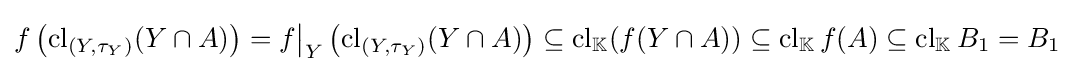
f\left(\operatorname {cl} _{\left(Y,\tau _{Y}\right)}(Y\cap A)\right)=f{\big \vert }_{Y}\left(\operatorname {cl} _{\left(Y,\tau _{Y}\right)}(Y\cap A)\right)\subseteq \operatorname {cl} _{\mathbb {K} }(f(Y\cap A))\subseteq \operatorname {cl} _{\mathbb {K} }f(A)\subseteq \operatorname {cl} _{\mathbb {K} }B_{1}=B_{1}